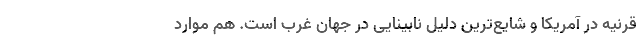
قرنیه در آمریکا و شایع‌ترین دلیل نابینایی در جهان غرب است. هم موارد